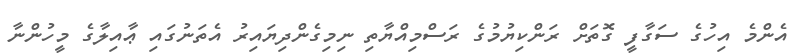
އެންމެ އިހުގެ ސަގާފީ ގޮތަށް ރަންކިޔުމުގެ ރަސްމިއްޔާތި ނިމިގެންދިޔައިރު އެތަނުގައި ޢާއިލާގެ މީހުންނާ